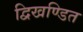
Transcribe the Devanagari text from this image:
द्विखण्डित